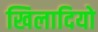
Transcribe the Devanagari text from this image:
खिलादियो